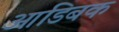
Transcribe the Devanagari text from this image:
आडिबक